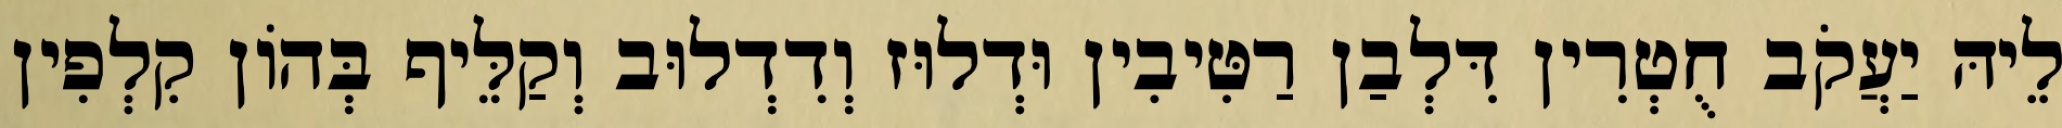
לֵיהּ יַעֲקֹב חֻטְרִין דִּלְבַן רַטִּיבִין וּדְלוּז וְדִדְלוּב וְקַלֵּיף בְּהוֹן קִלְפִין